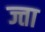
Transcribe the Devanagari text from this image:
ज्ता